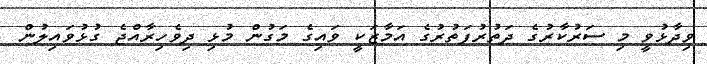
ވިދާޅުވީ މި ސަރުކާރުގެ ދަތުރުފަތުރުގެ އަމާޒަކީ ވައިގެ މަގުން މުޅި ދިވެހިރާއްޖެ ގުޅުވައިލުން